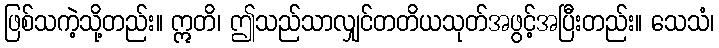
ဖြစ်သကဲ့သို့တည်း။ ဣတိ၊ ဤသည်သာလျှင်တတိယသုတ်အဖွင့်အပြီးတည်း။ သေသံ၊